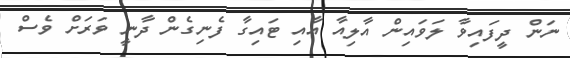
ނަން ދީފައިވާ ލަވައިން އާލިއާ އާއި ޓައިގާ ފެނިގެން ދާނީ ވަރަށް ވެސް